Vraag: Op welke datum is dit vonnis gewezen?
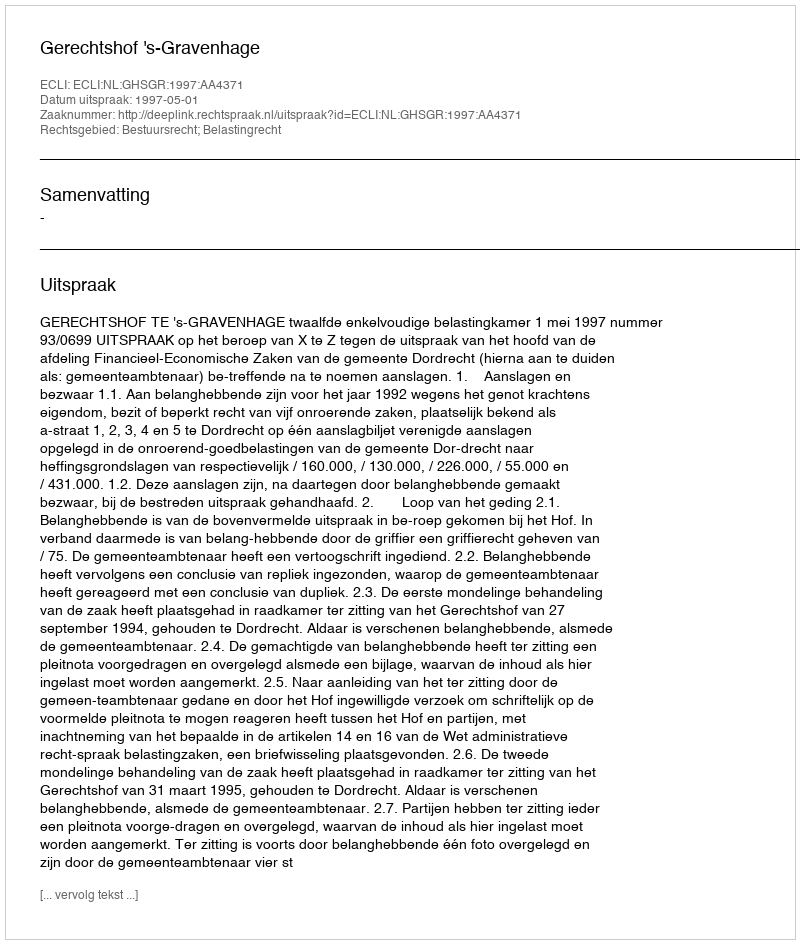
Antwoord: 1997-05-01